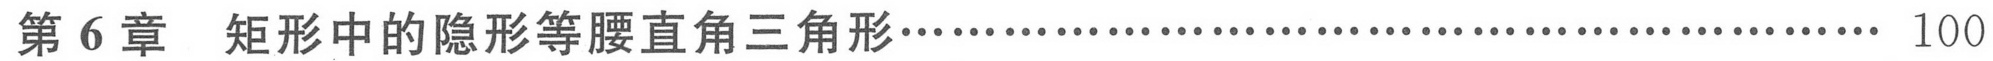
第 6 章  矩形中的隐形等腰直角三角形.......................................... 100